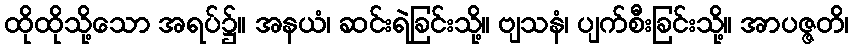
ထိုထိုသို့သော အရပ်၌။ အနယံ၊ ဆင်းရဲခြင်းသို့။ ဗျသနံ၊ ပျက်စီးခြင်းသို့။ အာပဇ္ဇတိ၊